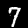
Label: 7